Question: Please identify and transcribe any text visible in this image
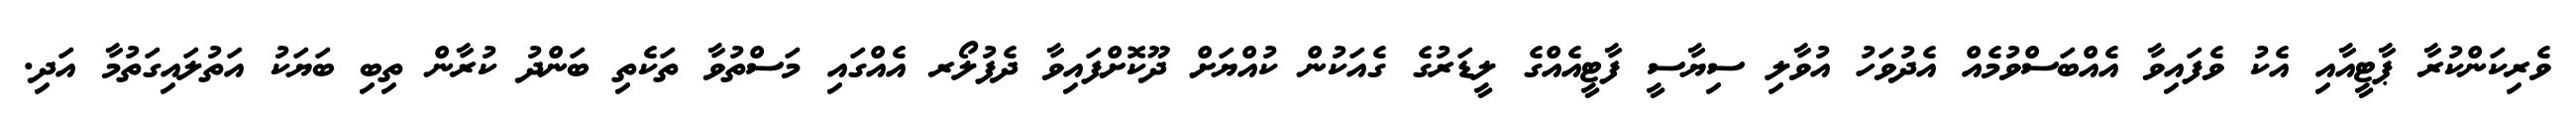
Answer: ވެރިކަންކުރާ ޕާޓީއާއި އެކު ވެފައިވާ އެއްބަސްވުމެއް އެދުވަހު އުވާލި ސިޔާސީ ފާޓީއެއްގެ ލީޑަރުގެ ގެއަކުން ކުއްޔަށް ދޫކޮށްފައިވާ ދެފުލޯރ އެއްގައި މަސްތުވާ ތަކެތި ބަންދު ކުރާން ތިބި ބަޔަކު އަތުލައިގަތުމާ އަދި.